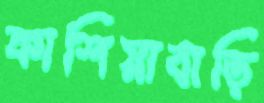
কাশিয়াবাড়ি